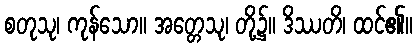
စတုသု၊ ကုန်သော။ အတ္တေသု၊ တို့၌။ ဒိဿတိ၊ ထင်၏။